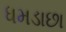
ધમડાછા